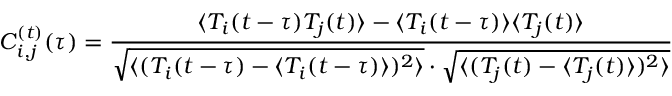
C _ { i , j } ^ { ( t ) } ( \tau ) = \frac { \langle T _ { i } ( t - \tau ) T _ { j } ( t ) \rangle - \langle T _ { i } ( t - \tau ) \rangle \langle T _ { j } ( t ) \rangle } { \sqrt { \langle ( T _ { i } ( t - \tau ) - \langle T _ { i } ( t - \tau ) \rangle ) ^ { 2 } \rangle } \cdot \sqrt { \langle ( T _ { j } ( t ) - \langle T _ { j } ( t ) \rangle ) ^ { 2 } \rangle } }